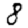
Digit: 8